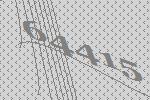
64415